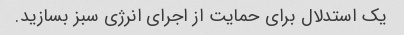
یک استدلال برای حمایت از اجرای انرژی سبز بسازید.